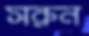
সরুন